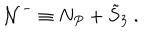
LaTeX: { \cal N } ^ { - } \equiv N _ { P } + { \tilde { S } } _ { 3 } \ .